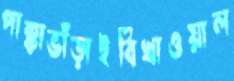
পাক্কাভাঁড়াইবিখাওয়াল